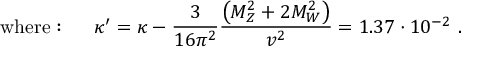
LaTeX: \mathrm { w h e r e : ~ } \quad \kappa ^ { \prime } = \kappa - \frac { 3 } { 1 6 \pi ^ { 2 } } \frac { \left( M _ { Z } ^ { 2 } + 2 M _ { W } ^ { 2 } \right) } { v ^ { 2 } } = 1 . 3 7 \cdot 1 0 ^ { - 2 } \ .